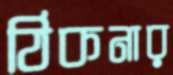
ঠিকনার